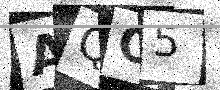
Text: AQO5